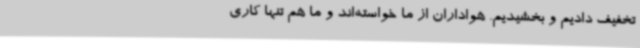
تخفیف دادیم و بخشیدیم. هواداران از ما خواسته‌اند و ما هم تنها کاری